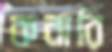
কনারি